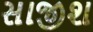
સાજીશ